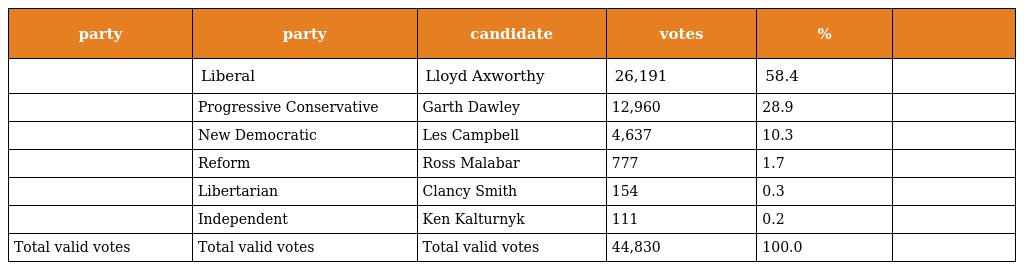
| party | party | candidate | votes | % |  |
 | --- | --- | --- | --- | --- | --- |
 |  | Liberal | Lloyd Axworthy | 26,191 | 58.4 |  |
 |  | Progressive Conservative | Garth Dawley | 12,960 | 28.9 |  |
 |  | New Democratic | Les Campbell | 4,637 | 10.3 |  |
 |  | Reform | Ross Malabar | 777 | 1.7 |  |
 |  | Libertarian | Clancy Smith | 154 | 0.3 |  |
 |  | Independent | Ken Kalturnyk | 111 | 0.2 |  |
 | Total valid votes | Total valid votes | Total valid votes | 44,830 | 100.0 |  |